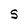
Character: S